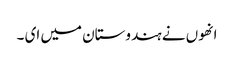
انھوں نے ہندوستان میں ای ۔